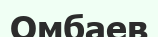
Омбаев